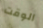
الوقت